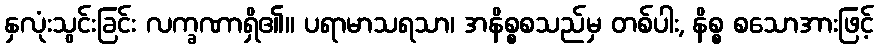
နှလုံးသွင်းခြင်း လက္ခဏာရှိ၏။ ပရာမာသရသာ၊ အနိစ္စစသည်မှ တစ်ပါး, နိစ္စ စသောအားဖြင့်